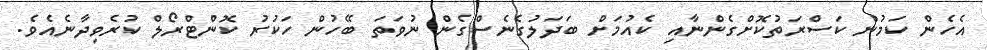
އެހެން ކަމުން ކަސްރަތުކޮށްގެންނާއި ކެއުމަށް ބަދަލުގެނެސްގެން ނުވަތަ ބޭހުން ހަކުރު ކޮންޓްރޯލް ކުރެވިދާނެއެވެ.